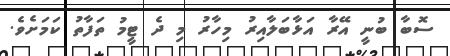
ސޮބާ ބުނީ އޭރާ އަޅާބަލާއިރު މިހާރު މި ދެ ޓީމު ތަފާތު ކަމަށެވެ.